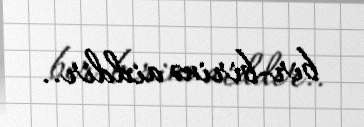
bir-birinə aiddir..